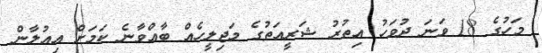
މަހުގެ 18 ވަނަ ދުވަހު އިތުރު ޝަރީއަތުގެ މަޖިލީހެއް ބާއްވާނެ ކަމަށް އިއުލާން